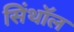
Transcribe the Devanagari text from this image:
सिंथॉल